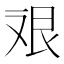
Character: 𱽇